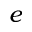
e